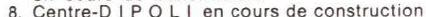
8. Centre-DIPOLI en cours de construction